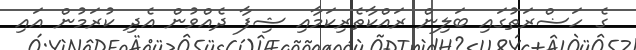
ގެ ހަޟްރަތުގައި ބަލިން ރައްކާތެރިކަމާއި ޝިފާ ދެއްވުން އެދި ކުރަމުން އައި